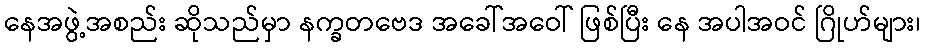
နေအဖွဲ့အစည်း ဆိုသည်မှာ နက္ခတဗေဒ အခေါ်အဝေါ် ဖြစ်ပြီး နေ အပါအဝင် ဂြိုဟ်များ၊